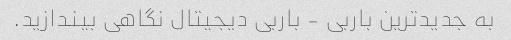
به جدیدترین باربی - باربی دیجیتال نگاهی بیندازید.